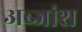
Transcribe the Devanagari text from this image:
अब्जांश